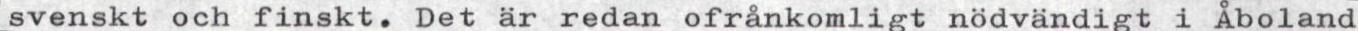
svenskt och finskt. Det är redan ofrånkomligt nödvändigt i Åboland